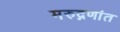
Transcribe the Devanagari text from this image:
मरुद्नणांत